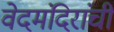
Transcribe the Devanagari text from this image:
वेदमंदिरांची